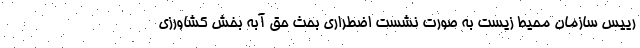
رییس سازمان محیط زیست به صورت نشست اضطراری بحث حق آبه بخش کشاورزی